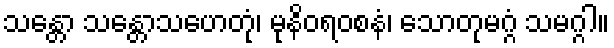
သန္တော သန္တောသဟေတုံ၊ မုနိဝရ၀စနံ၊ သောတုမဂ္ဂံ သမဂ္ဂါ။